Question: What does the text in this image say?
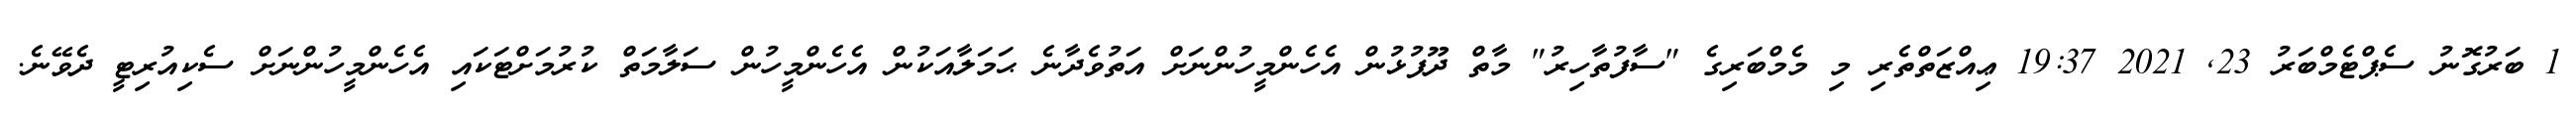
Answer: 1 ބަރުގޮނު ސެޕްޓެމްބަރު 23, 2021 19:37 ޢިއްޒަތްތެރި މި މެމްބަރިގެ "ސާފުތާހިރު" މާތް ދޫފުޅުން އެހެންމީހުންނަށް އަތުވެދާނެ ޙަމަލާއަކުން އެހެންމީހުން ސަލާމަތް ކުރުމަށްޓަކައި އެހެންމީހުންނަށް ސެކިއުރިޓީ ދެވޭނެ.